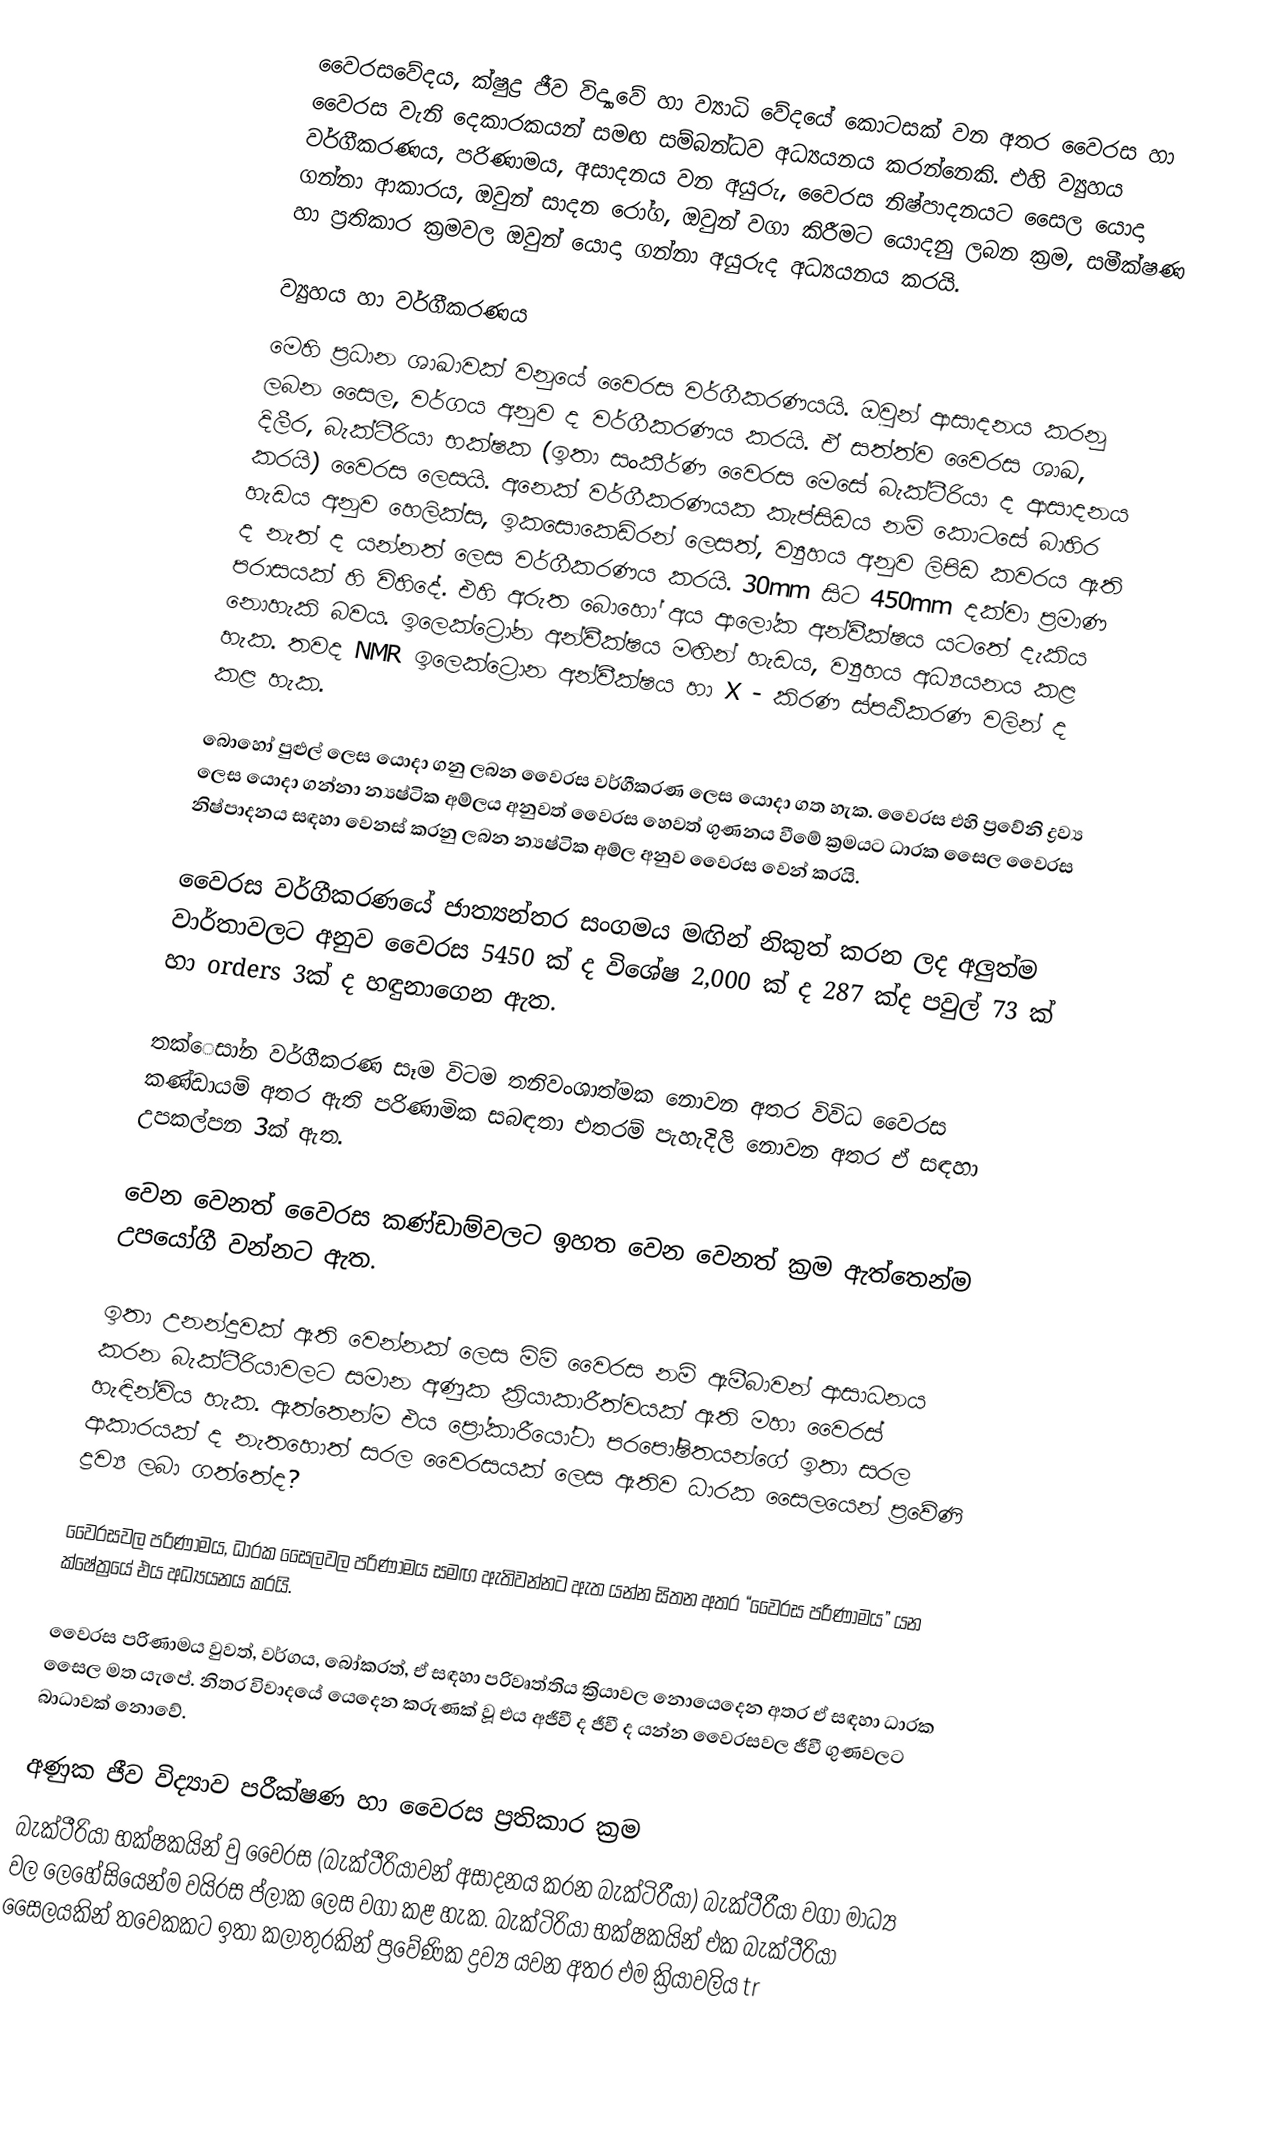
වෛරසවේදය, ක්ෂුද්‍ර ජීව විද්‍යාවේ හා ව්‍යාධි වේදයේ කොටසක් වන අතර වෛරස හා වෛරස වැනි දෙකාරකයන් සමඟ සම්බන්ධව අධ්‍යයනය කරන්නෙකි. එහි ව්‍යුහය වර්ගීකරණය, පරිණාමය, අසාදනය වන අයුරු, වෛරස නිෂ්පාදනයට සෛල යොදා ගන්නා ආකාරය, ඔවුන් සාදන රෝග, ඔවුන් වගා කිරීමට යොදනු ලබන ක්‍රම, සමීක්ෂණ හා ප්‍රතිකාර ක්‍රමවල ඔවුන් යොදා ගන්නා අයුරුද අධ්‍යයනය කරයි.

ව්‍යුහය හා වර්ගීකරණය
මෙහි ප්‍රධාන ශාඛාවක් වනුයේ වෛරස වර්ගීකරණයයි. ඔවුන් ආසාදනය කරනු ලබන සෛල, වර්ගය අනුව ද වර්ගීකරණය කරයි. ඒ සත්ත්ව වෛරස ශාඛ, දිලීර, බැක්ටීරියා භක්ෂක (ඉතා සංකීර්ණ වෛරස මෙසේ බැක්ටීරියා ද ආසාදනය කරයි) වෛරස ලෙසයි. අනෙක් වර්ගීකරණයක කැප්සිඩය නම් කොටසේ බාහිර හැඩය අනුව හෙලික්ස, ඉකසොකෙඩ්රන් ලෙසත්, ව්‍යුහය අනුව ලිපිඩ ‍කවරය ඇති ද නැත් ද යන්නත් ලෙස වර්ගීකරණය කරයි. 30mm සිට 450mm දක්වා ප්‍රමාණ පරාසයක් හි විහිදේ. එහි අරුත බොහෝ අය ආලෝක අන්වීක්ෂය යටතේ දැකිය නොහැකි බවය. ඉලෙක‍්ට්‍රෝන අන්වීක්ෂය මඟින් හැඩය, ව්‍යුහය අධ්‍යයනය කළ හැක. තවද NMR ඉලෙක්ට්‍රොන අන්වීක්ෂය හා X - කිරණ ස්පඨිකරණ වලින් ද කළ හැක.

බොහෝ පුළුල් ලෙස යොදා ‍ගනු ලබන වෛරස වර්ගීකරණ ලෙස යොදා ගත හැක. වෛරස එහි ප්‍රවේනි ද්‍රව්‍ය ලෙස යොදා ගන්නා න්‍යෂ්ටික අම්ලය අනුවත් වෛරස හෙවත් ගුණනය වීමේ ක්‍රමයට ධාරක සෛල වෛරස නිෂ්පාදනය සඳහා වෙනස් කරනු ලබන න්‍යෂ්ටික අම්ල අනුව වෛරස වෙන් කරයි.

වෛරස වර්ගීකරණයේ ජාත්‍යන්තර සංගමය මඟින් නිකුත් කරන ලද අලුත්ම වාර්තාවලට අනුව වෛරස 5450 ක් ද විශේෂ 2,000 ක් ද 287 ක්ද පවුල් 73 ක් හා orders 3ක් ද හඳුනාගෙන ඇත.

තක්ෙසා්න වර්ගීකරණ සෑම විටම තනිවංශාත්මක නොවන අතර විවිධ වෛරස කණ්ඩායම් අතර ඇති පරිණාමික සබඳතා එතරම් පැහැදිලි ‍නොවන අතර ඒ සඳහා උපකල්පන 3ක් ඇත.

වෙන වෙනත් වෛරස කණ්ඩාම්වලට ඉහත වෙන වෙනත් ක්‍රම ඇත්තෙන්ම උපයෝගී වන්නට ඇත.

ඉතා උනන්දුවක් ඇති වෙන්නක් ලෙස මිමි වෛරස නම් ඇමීබාවන් ආසාධනය කරන බැක්ටීරියාවලට සමාන අණුක ක්‍රියාකාරීත්වයක් ඇති මහා වෛරස් හැඳින්විය හැක. ඇත්තෙන්ම එය ප්‍රෝකාරීයෝටා පරපෝෂිතයන්ගේ ඉතා සරල ආකාරයක් ද නැතහොත් සරල වෛරසයක් ලෙස ඇතිව ධාරක සෛලයෙන් ප්‍රවේණි ද්‍රව්‍ය ලබා ගත්තේද?

වෛරසවල පරිණාමය, ධාරක සෛලවල පරිණාමය සමඟ ඇතිවන්නට ඇත යන්න සිතන අතර “වෛරස පරිණාමය” යන ක්ෂේත්‍රයේ එය අධ්‍යයනය කරයි.

වෛරස පරිණාමය වුවත්, වර්ගය, බෝකරත්, ඒ සඳහා පරිවෘත්තිය ක්‍රියාවල නොයෙදෙන අතර ඒ සඳහා ධාරක සෛල මත යැපේ. නිතර විවාදයේ යෙදෙන කරුණක් වූ එය අජීවී ද ජීවී ද යන්න වෛරසවල ජීවී ගුණවලට බාධාවක් නොවේ.

අණුක ජීව විද්‍යාව පරීක්ෂණ හා වෛරස ප්‍රතිකාර ක්‍රම
බැක්ටීරියා භක්ෂකයින් වු වෛරස (බැක්ටීරියාවන් අසාදනය කරන බැක්ටිරීයා) බැක්ටීරීයා වගා මාධ්‍ය වල ලෙහේසියෙන්ම වයිරස ප්ලාක ලෙස වගා කළ හැක. බැක්ටිරියා භක්ෂකයින් එක බැක්ටීරියා සෛලයකින් තවෙකකට ඉතා කලාතුරකින් ප්‍රවේණික ද්‍රව්‍ය යවන අතර එම ක්‍රියාවලිය tr